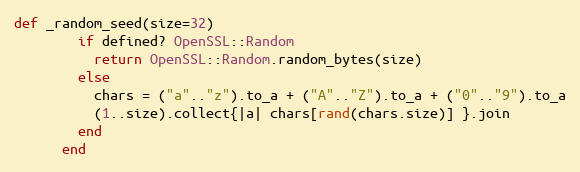
Language: Ruby
def _random_seed(size=32)
        if defined? OpenSSL::Random
          return OpenSSL::Random.random_bytes(size)
        else
          chars = ("a".."z").to_a + ("A".."Z").to_a + ("0".."9").to_a
          (1..size).collect{|a| chars[rand(chars.size)] }.join
        end
      end